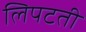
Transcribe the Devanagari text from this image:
लिपटती